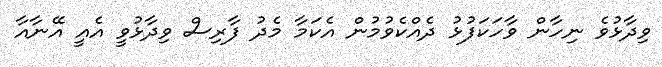
ވިދާޅުވެ ނިހާން ވާހަކަފުޅު ދެއްކެވުމުން އެކަމާ މެދު ފާރިސް ވިދާޅުވީ އެއީ އޭނާއާ